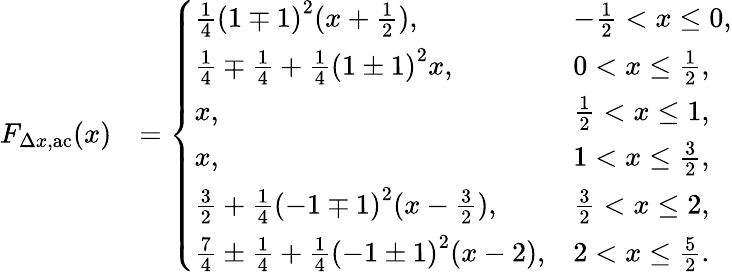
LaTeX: \begin{array}{rl}{F_{\Delta x,\mathrm{ac}}(x)}&{=\left\{ \begin{array}{ll}{\frac{1}{4}\left(1\mp 1\right)^{2}(x+\frac{1}{2}),}&{-\frac{1}{2}<x\leq 0,}\\ {\frac{1}{4}\mp\frac{1}{4}+\frac{1}{4}\left(1\pm 1\right)^{2}x,}&{0<x\leq\frac{1}{2},}\\ {x,}&{\frac{1}{2}<x\leq 1,}\\ {x,}&{1<x\leq\frac{3}{2},}\\ {\frac{3}{2}+\frac{1}{4}\left(-1\mp 1\right)^{2}(x-\frac{3}{2}),}&{\frac{3}{2}<x\leq 2,}\\ {\frac{7}{4}\pm\frac{1}{4}+\frac{1}{4}\left(-1\pm 1\right)^{2}(x-2),}&{2<x\leq\frac{5}{2}.}\end{array}\right.}\end{array}